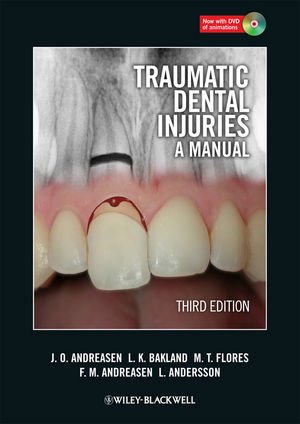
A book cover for Traumatic Dental Injuries: A Manual; Jens O. Andreasen; Medical Books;